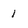
Character: 1